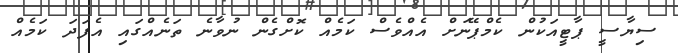
ސިޔާސީ ޕާޓީއަކުން ކެމްޕޭނަށް އެއްވެސް ކަމެއް ކޮށްގެން ނުވާނެ ތަނެއްގައި އެފަދަ ކަމެއް